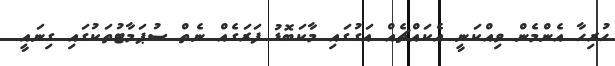
ހުރިހާ އެންމެން ވިއްކަނީ އެކައްޗެއް އަގުގައި މާކަބޮޑު ފަރަގެއް ނެތް ސުޕަމާޓުތަކުގައި ގިނައީ